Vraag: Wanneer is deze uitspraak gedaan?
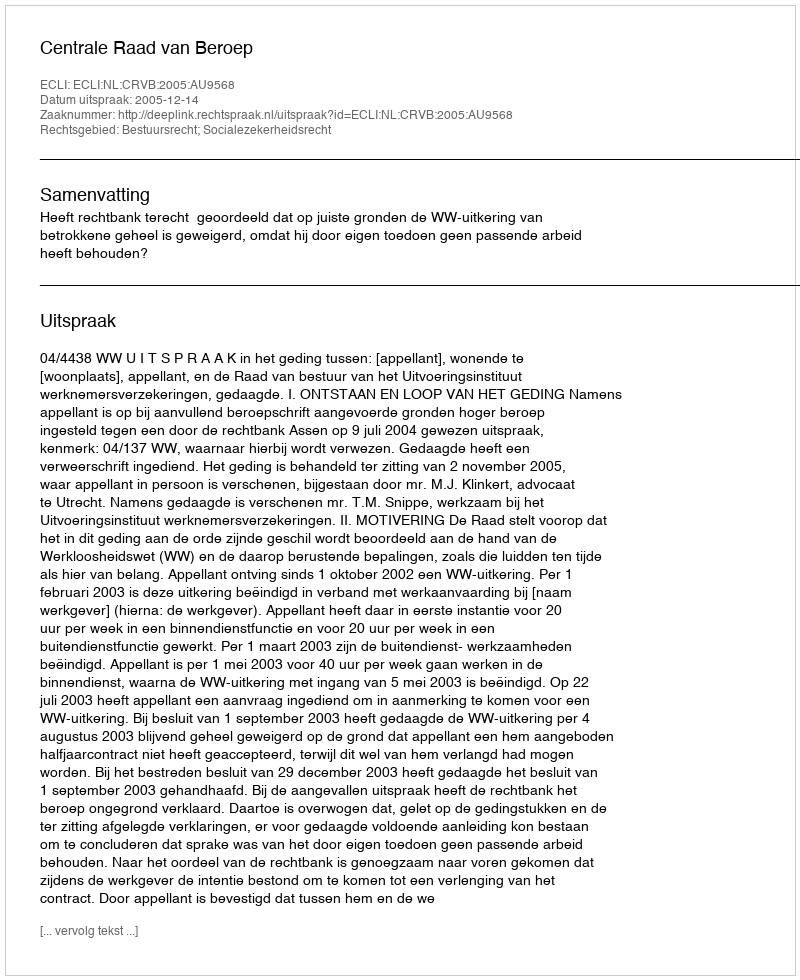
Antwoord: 2005-12-14